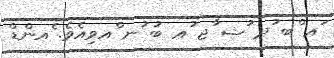
ަޢ ްބ ުދ ުޝ ާޖ ުޢ ބު ުނ ްއވިއެވެ. ެއންޑް